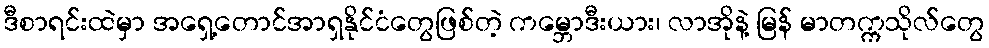
ဒီစာရင်းထဲမှာ အရှေ့တောင်အာရှနိုင်ငံတွေဖြစ်တဲ့ ကမ္ဘောဒီးယား၊ လာအိုနဲ့ မြန် မာတက္ကသိုလ်တွေ